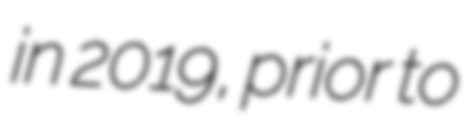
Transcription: in 2019, prior to